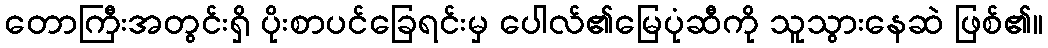
တောကြီးအတွင်းရှိ ပိုးစာပင်ခြေရင်းမှ ပေါလ်၏မြေပုံဆီကို သူသွားနေဆဲ ဖြစ်၏။